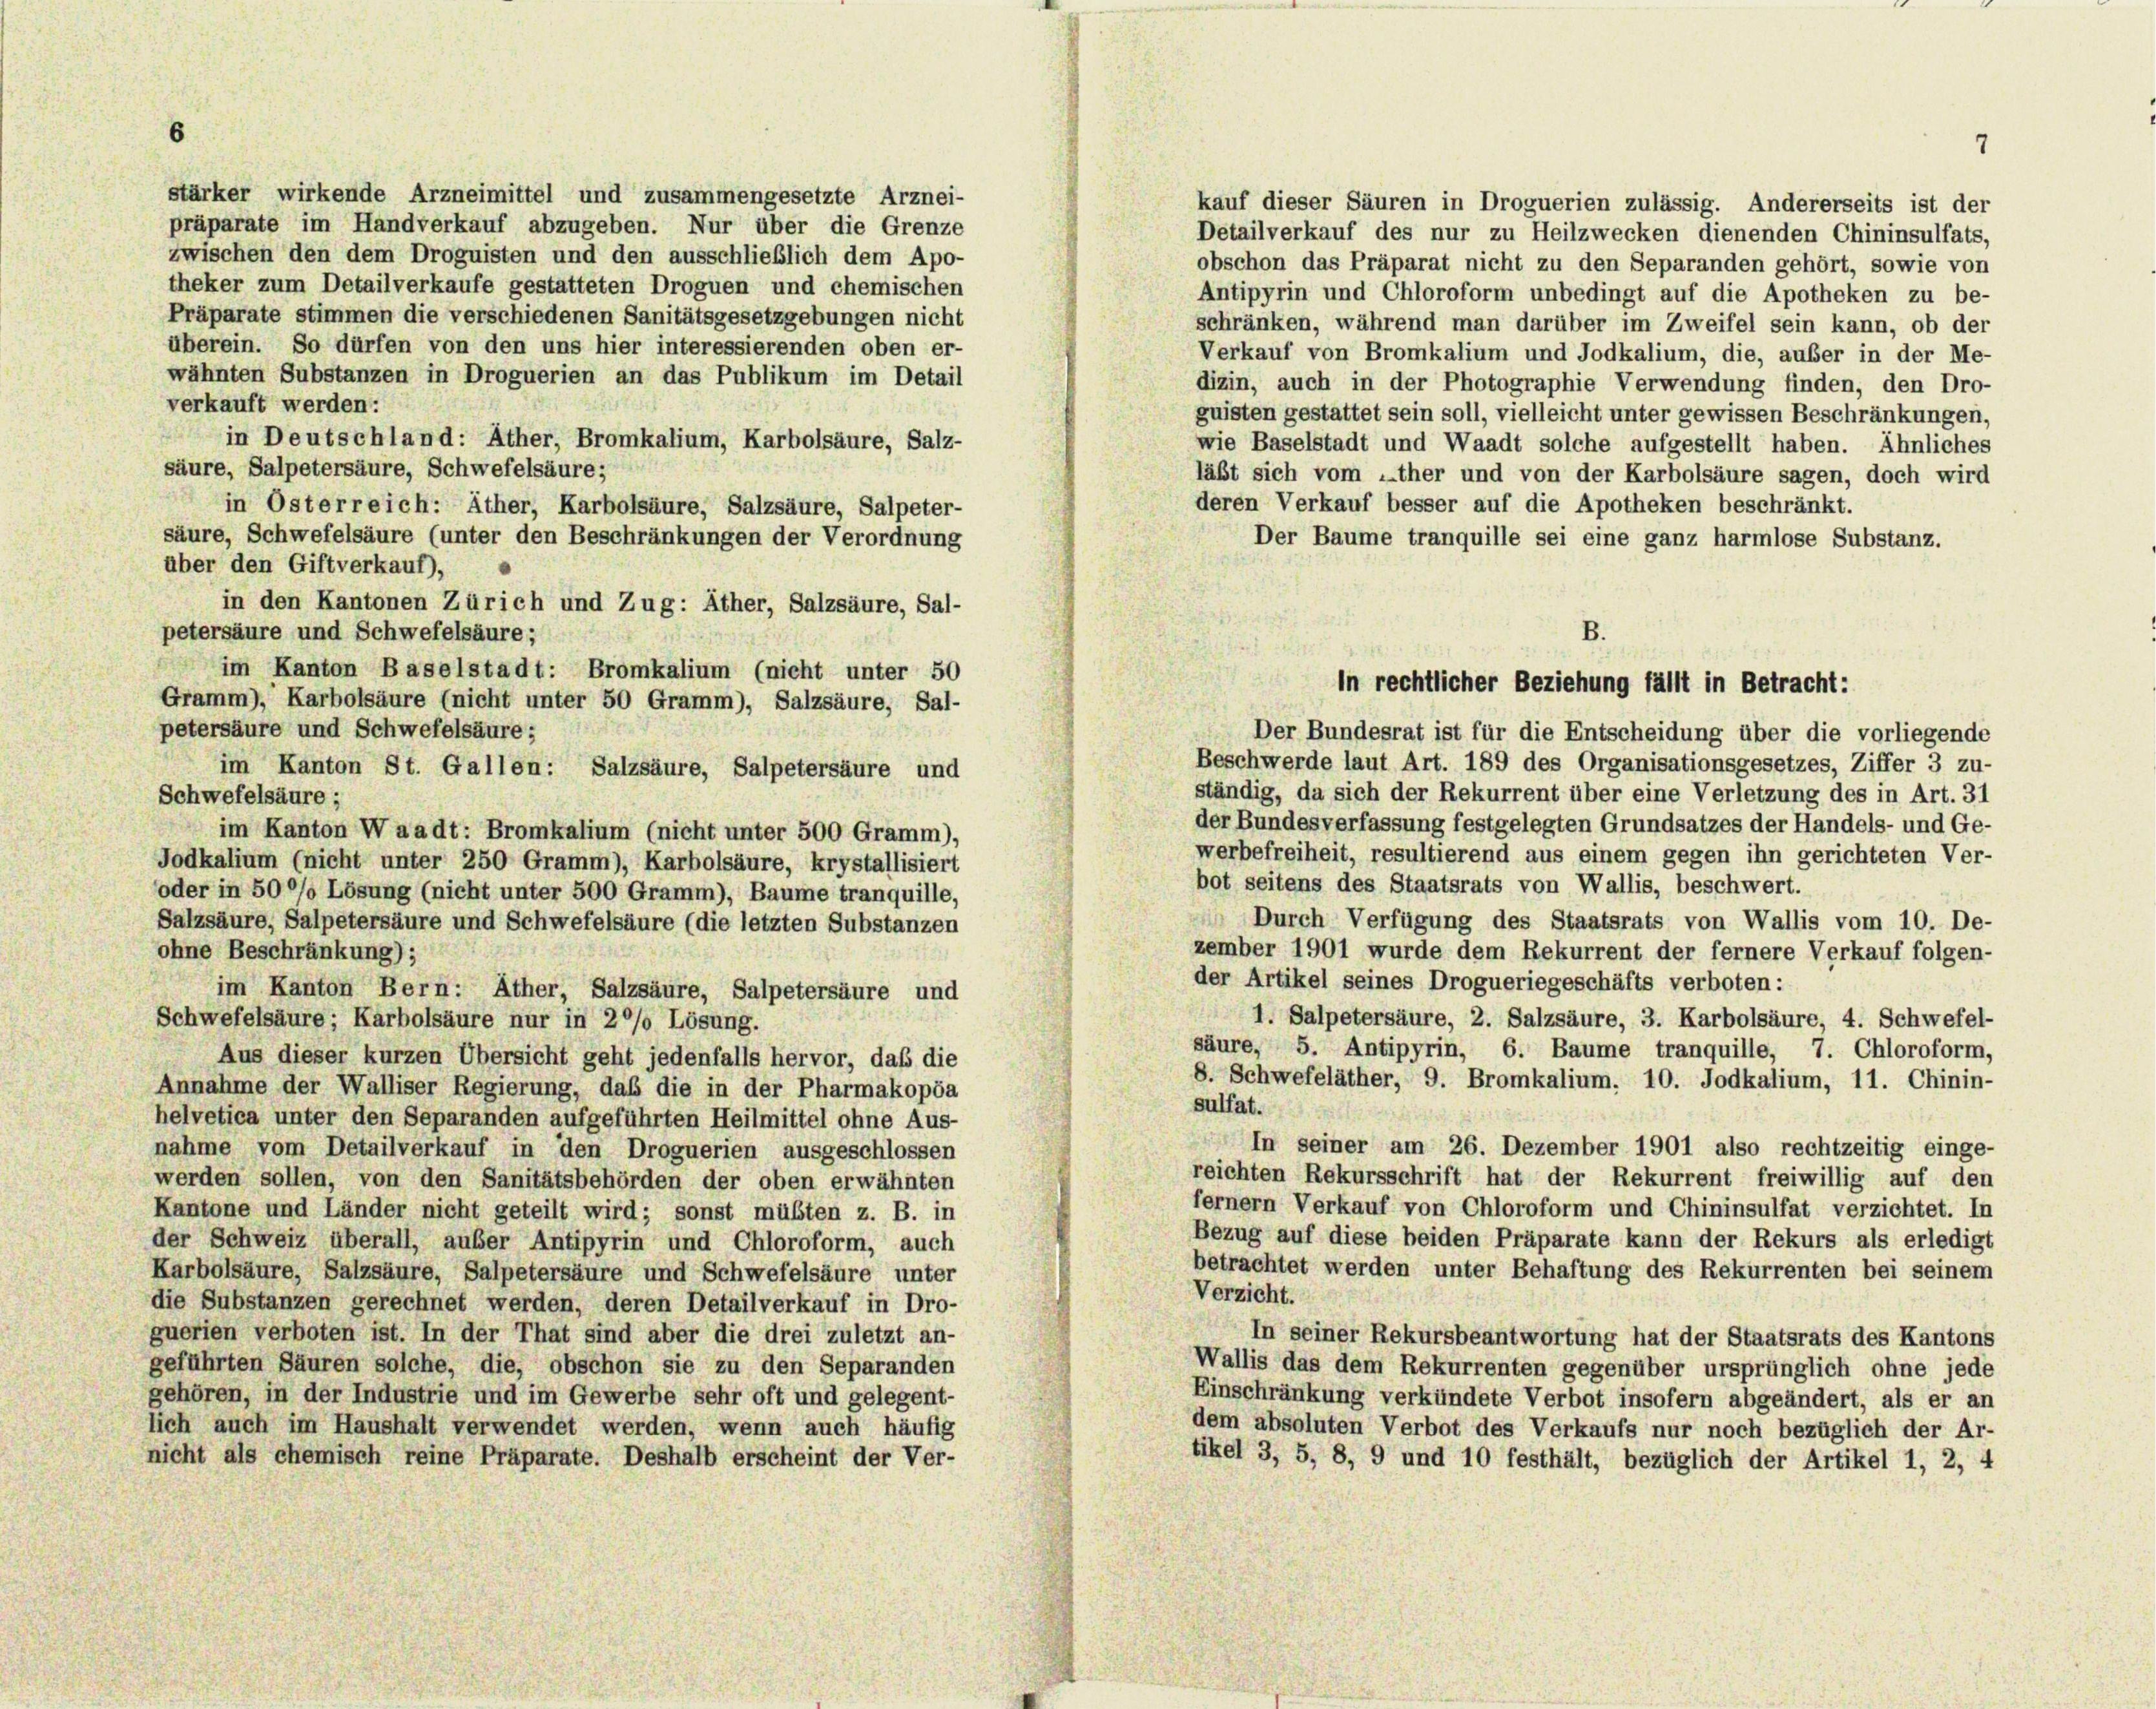
stärker wirkende Arzneimittel und zusammengesetzte Arznei-
kauf dieser Säuren in Droguerien zulässig. Andererseits ist der
präparate im Handverkauf abzugeben. Nur über die Grenze
Detailverkauf des nur zu Heilzwecken dienenden Chininsulfats,
zwischen den dem Droguisten und den ausschließlich dem Apo-
obschon das Präparat nicht zu den Separanden gehört, sowie von
theker zum Detailverkaufe gestatteten Droguen und chemischen
Antipyrin und Chloroform unbedingt auf die Apotheken zu be-
Präparate stimmen die verschiedenen Sanitätsgesetzgebungen nicht
schränken, während man darüber im Zweifel sein kann, ob der
überein. So dürfen von den uns hier interessierenden oben er-
Verkauf von Bromkalium und Jodkalium, die, außer in der Me-
wähnten Substanzen in Droguerien an das Publikum im Detail
dizin, auch in der Photographie Verwendung finden, den Dro-
verkauft werden:
i
guisten gestattet sein soll, vielleicht unter gewissen Beschränkungen,
in Deutschland: Ather, Bromkalium, Karbolsäure, Salz-
wie Baselstadt und Waadt solche aufgestellt haben. Ähnliches
säure, Salpetersäure, Schwefelsäure;
läßt sich vom „ther und von der Karbolsäure sagen, doch wird
deren Verkauf besser auf die Apotheken beschränkt.
in Osterreich: Äther, Karbolsäure, Salzsäure, Salpeter-
säure, Schwefelsäure (unter den Beschränkungen der Verordnung
Der Baume tranquille sei eine ganz harmlose Substanz.
aber den Giftverkauf),
in den Kantonen Zürich und Zug: Äther, Salzsäure, Sal-
petersäure und Schwefelsäure;
im Kanton Baselstadt: Bromkalium (nicht unter 50
Gramm), Karbolsäure (nicht unter 50 Gramm), Salzsäure, Sal-
petersäure und Schwefelsäure;
Der Bundesrat ist für die Entscheidung über die vorliegende
Beschwerde laut Art. 189 des Organisationsgesetzes, Ziffer 3 zu-
im Kanton St. Gallen: Salzsäure, Salpetersäure und
ständig, da sich der Rekurrent über eine Verletzung des in Art. 31
Schwefelsäure;
der Bundesverfassung festgelegten Grundsatzes der Handels- und Ge-
im Kanton Waadt: Bromkalium (nicht unter 500 Gramm),
werbefreiheit, resultierend aus einem gegen ihn gerichteten Ver-
Jodkalium (nicht unter 250 Gramm), Karbolsäure, krystallisiert
bot seitens des Staatsrats von Wallis, beschwert.
oder in 50°/o Lösung (nicht unter 500 Gramm), Baume tranquille,
 Durch Verfügung des Staatsrats von Wallis vom 10. De-
Salzsäure, Salpetersäure und Schwefelsäure (die letzten Substanzen
zember 1901 wurde dem Rekurrent der fernere Verkauf folgen-
ohne Beschränkung);
der Artikel seines Drogueriegeschäfts verboten:
im Kanton Bern: Äther, Salzsäure, Salpetersäure und
1. Salpetersäure, 2. Salzsäure, 3. Karbolsäure, 4. Schwefel-
Schwefelsäure; Karbolsäure nur in 20% Lösung.
säure, 5. Antipyrin, 6. Baume tranquille, 7. Chloroform,
Aus dieser kurzen Übersicht geht jedenfalls hervor, daß die
8. Schwefeläther, 9. Bromkalium. 10. Jodkalium, 11. Chinin-
Annahme der Walliser Regierung, daß die in der Pharmakopöa
sulfat.
helvetica unter den Separanden aufgeführten Heilmittel ohne Aus-
In seiner am 26. Dezember 1901 also rechtzeitig einge-
nahme vom Detailverkauf in den Droguerien ausgeschlossen
reichten Rekursschrift hat der Rekurrent freiwillig auf den
werden sollen, von den Sanitätsbehörden der oben erwähnten
fernem Verkauf von Chloroform und Chininsulfat verzichtet. In
Kantone und Länder nicht geteilt wird; sonst müßten z. B. in
Bezug auf diese beiden Präparate kann der Rekurs als erledigt
der Schweiz überall, außer Antipyrin und Chloroform, auch
betrachtet werden unter Behaftung des Rekurrenten bei seinem
Karbolsäure, Salzsäure, Salpetersäure und Schwefelsäure unter
Verzicht.
die Substanzen gerechnet werden, deren Detailverkauf in Dro-
guerien verboten ist. In der That sind aber die drei zuletzt an-
In seiner Rekursbeantwortung hat der Staatsrats des Kantons
geführten Säuren solche, die, obschon sie zu den Separanden
Wallis das dem Rekurrenten gegenüber ursprünglich ohne jede
gehören, in der Industrie und im Gewerbe sehr oft und gelegent-
Einschränkung verkündete Verbot insofern abgeändert, als er an
dem absoluten Verbot des Verkaufs nur noch bezüglich der Ar-
lich auch im Haushalt verwendet werden, wenn auch häufig
nicht als chemisch reine Präparate. Deshalb erscheint der Ver-
tikel 3, 5, 8, 9 und 10 festhält, bezüglich der Artikel 1, 2, 4

in rechtlicher Beziehung fällt in Betracht: